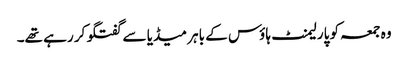
وہ جمعہ کو پارلیمنٹ ہاؤس کے باہر میڈیا سے گفتگو کر رہے تھے۔